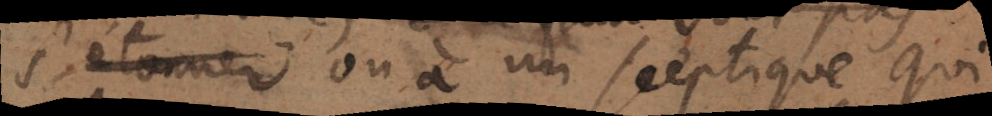
s’étonner; ou à un sceptique qui